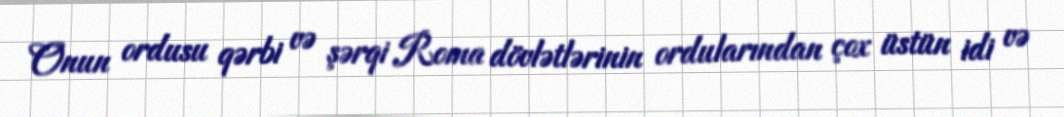
Onun ordusu qərbi və şərqi Roma dövlətlərinin ordularından çox üstün idi və